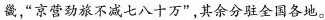
畿，”京营劲旅不减七八十万”，其余分驻全国各地。